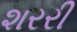
શરરી